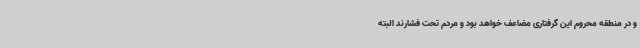
و در منطقه محروم این گرفتاری مضاعف خواهد بود و مردم تحت فشارند البته